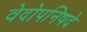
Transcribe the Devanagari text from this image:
वेदोपनिषदे